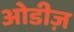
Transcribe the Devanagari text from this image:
ओडीज़